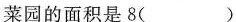
菜园的面积是8( )